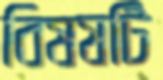
বিষষটি